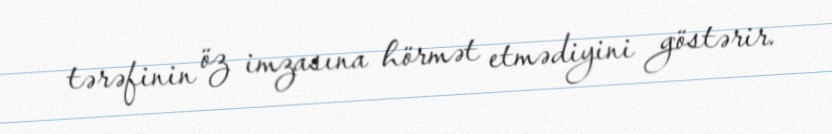
tərəfinin öz imzasına hörmət etmədiyini göstərir.